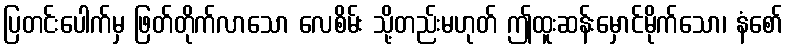
ပြတင်းပေါက်မှ ဖြတ်တိုက်လာသော လေစိမ်း သို့တည်းမဟုတ် ဤထူးဆန်းမှောင်မိုက်သော၊ နံစော်